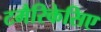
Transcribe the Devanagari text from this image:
टमैरिकेसिए